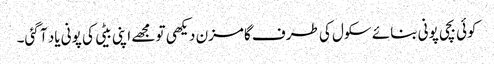
کوئی بچی پونی بنائے سکول کی طرف گامزن دیکھی تو مجھے اپنی بیٹی کی پونی یاد آ گئی۔